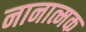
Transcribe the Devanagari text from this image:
नानात्मक